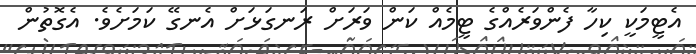
އެޓީމަކީ ކިހާ ފެންވަރެއްގެ ޓީމެއް ކަން ވަރަށް ރަނގަޅަށް އެނގޭ ކަމަށެވެ. އެގޮތުން